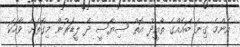
އެންމެ ގިނަ ބައެއްގެ ތާއީދު އޮތް ސިޔާސީ ދެ ލީޑަރުން މިގޮތަށް ވާހަކަ